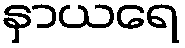
နှာယရေ